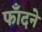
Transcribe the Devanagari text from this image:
फाँदने